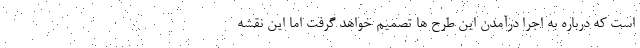
است که درباره به اجرا درآمدن این طرح ها تصمیم خواهد گرفت اما این نقشه